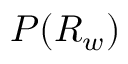
P ( R _ { w } )